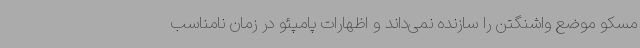
مسکو موضع واشنگتن را سازنده نمی‌داند و اظهارات پامپئو در زمان نامناسب